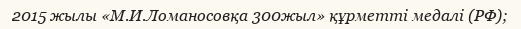
2015 жылы «М.И.Ломаносовқа 300жыл» құрметті медалі (РФ);